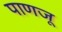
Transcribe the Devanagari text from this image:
पाणजू